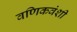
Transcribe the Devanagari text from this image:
वणिकवंशी